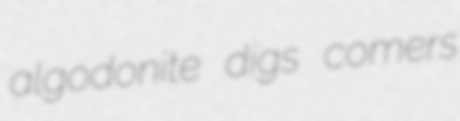
algodonite digs comers